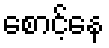
စောင့်နေ